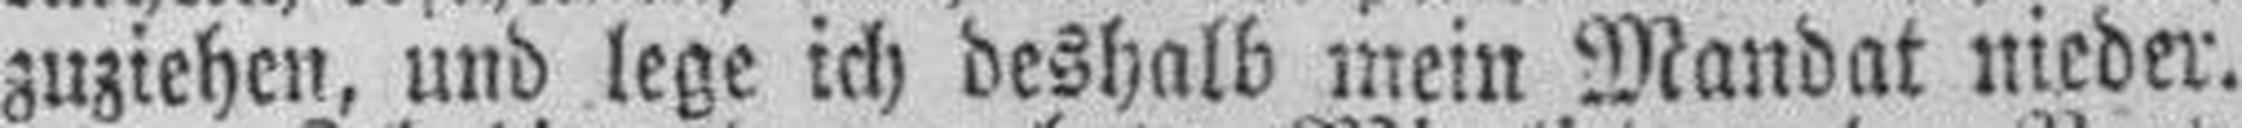
zuziehen, und lege ich deshalb mein Mandat nieder.